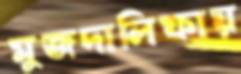
মুজদালিফায়